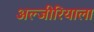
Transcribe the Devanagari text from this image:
अल्जीरियाला